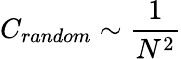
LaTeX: C_{random}\sim\frac{1}{N^{2}}